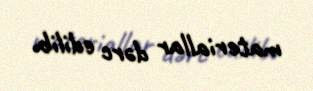
materiallar dərc edilib.